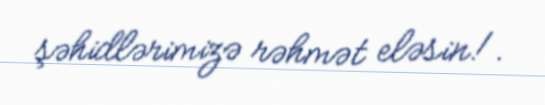
şəhidlərimizə rəhmət eləsin!.